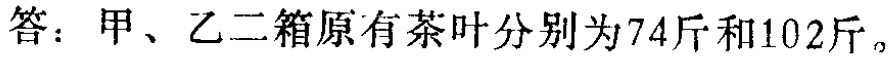
答：甲、乙二箱原有茶叶分别为74斤和102斤。